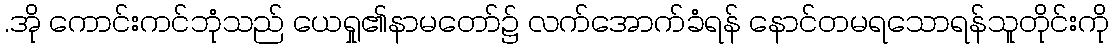
.အို ကောင်းကင်ဘုံသည် ယေရှု၏နာမတော်၌ လက်အောက်ခံရန် နောင်တမရသောရန်သူတိုင်းကို